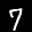
Label: 7